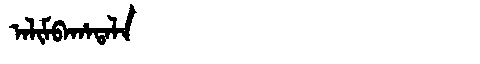
Manchu: ᠠᠯᡳᠮᠪᠠᡥᠠᡨᠠᠯᠠ
Romanization: ALIMBAHATALA